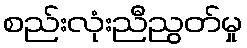
စည်းလုံးညီညွတ်မှု